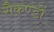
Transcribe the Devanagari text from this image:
सैकण्‍डों